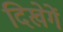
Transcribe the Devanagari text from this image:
दिखेगें